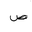
Letter: _sad